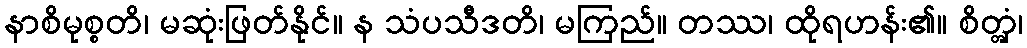
နာစိမုစ္စတိ၊ မဆုံးဖြတ်နိုင်။ န သံပသီဒတိ၊ မကြည်။ တဿ၊ ထိုရဟန်း၏။ စိတ္တှံ၊